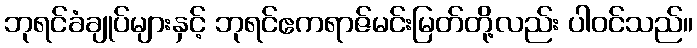
ဘုရင်ခံချုပ်များနှင့် ဘုရင်ဧကရာဇ်မင်းမြတ်တို့လည်း ပါဝင်သည်။